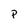
Character: P